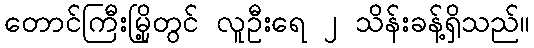
တောင်ကြီးမြို့တွင် လူဦးရေ ၂ သိန်းခန့်ရှိသည်။